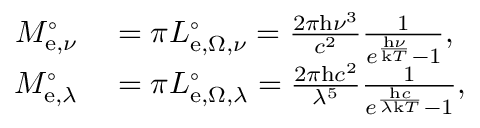
\begin{array} { r l } { M _ { \mathrm { e } , \nu } ^ { \circ } } & { { } = \pi L _ { \mathrm { e } , \Omega , \nu } ^ { \circ } = { \frac { 2 \pi \mathrm { h } \nu ^ { 3 } } { c ^ { 2 } } } { \frac { 1 } { e ^ { \frac { \mathrm { h } \nu } { \mathrm { k } T } } - 1 } } , } \\ { M _ { \mathrm { e } , \lambda } ^ { \circ } } & { { } = \pi L _ { \mathrm { e } , \Omega , \lambda } ^ { \circ } = { \frac { 2 \pi \mathrm { h } c ^ { 2 } } { \lambda ^ { 5 } } } { \frac { 1 } { e ^ { \frac { \mathrm { h } c } { \lambda \mathrm { k } T } } - 1 } } , } \end{array}